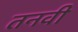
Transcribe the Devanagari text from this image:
तनवी